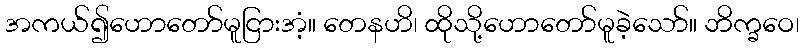
အကယ်၍ဟောတော်မူငြားအံ့။ တေနဟိ၊ ထိုသို့ဟောတော်မူခဲ့သော်။ ဘိက္ခဝေ၊